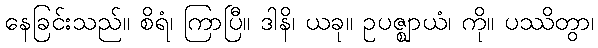
နေခြင်းသည်။ စိရံ၊ ကြာပြီ။ ဒါနိ၊ ယခု။ ဥပဇ္ဈာယံ၊ ကို။ ပဿိတွာ၊